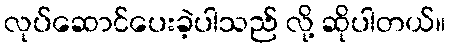
လုပ်ဆောင်ပေးခဲ့ပါသည် လို့ ဆိုပါတယ်။